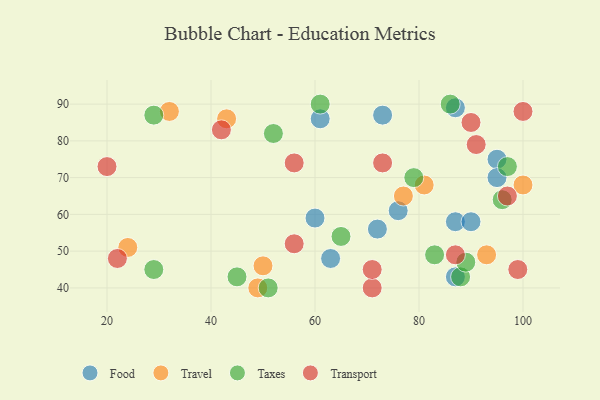
{"axis": {"x": "GDP", "y": "Life Expectancy"}, "legend": ["Food", "Taxes", "Transport", "Travel"], "data": [{"x": "76", "y": 61, "type": "Food"}, {"x": "87", "y": 58, "type": "Food"}, {"x": "72", "y": 56, "type": "Food"}, {"x": "90", "y": 58, "type": "Food"}, {"x": "73", "y": 87, "type": "Food"}, {"x": "87", "y": 89, "type": "Food"}, {"x": "63", "y": 48, "type": "Food"}, {"x": "61", "y": 86, "type": "Food"}, {"x": "60", "y": 59, "type": "Food"}, {"x": "95", "y": 75, "type": "Food"}, {"x": "87", "y": 43, "type": "Food"}, {"x": "95", "y": 70, "type": "Food"}, {"x": "49", "y": 40, "type": "Travel"}, {"x": "100", "y": 68, "type": "Travel"}, {"x": "50", "y": 46, "type": "Travel"}, {"x": "81", "y": 68, "type": "Travel"}, {"x": "77", "y": 65, "type": "Travel"}, {"x": "32", "y": 88, "type": "Travel"}, {"x": "24", "y": 51, "type": "Travel"}, {"x": "93", "y": 49, "type": "Travel"}, {"x": "43", "y": 86, "type": "Travel"}, {"x": "79", "y": 70, "type": "Taxes"}, {"x": "51", "y": 40, "type": "Taxes"}, {"x": "29", "y": 45, "type": "Taxes"}, {"x": "61", "y": 90, "type": "Taxes"}, {"x": "83", "y": 49, "type": "Taxes"}, {"x": "96", "y": 64, "type": "Taxes"}, {"x": "88", "y": 43, "type": "Taxes"}, {"x": "89", "y": 47, "type": "Taxes"}, {"x": "65", "y": 54, "type": "Taxes"}, {"x": "29", "y": 87, "type": "Taxes"}, {"x": "45", "y": 43, "type": "Taxes"}, {"x": "97", "y": 73, "type": "Taxes"}, {"x": "86", "y": 90, "type": "Taxes"}, {"x": "52", "y": 82, "type": "Taxes"}, {"x": "71", "y": 40, "type": "Transport"}, {"x": "100", "y": 88, "type": "Transport"}, {"x": "56", "y": 52, "type": "Transport"}, {"x": "71", "y": 45, "type": "Transport"}, {"x": "42", "y": 83, "type": "Transport"}, {"x": "97", "y": 65, "type": "Transport"}, {"x": "99", "y": 45, "type": "Transport"}, {"x": "87", "y": 49, "type": "Transport"}, {"x": "20", "y": 73, "type": "Transport"}, {"x": "91", "y": 79, "type": "Transport"}, {"x": "56", "y": 74, "type": "Transport"}, {"x": "22", "y": 48, "type": "Transport"}, {"x": "90", "y": 85, "type": "Transport"}, {"x": "73", "y": 74, "type": "Transport"}]}